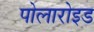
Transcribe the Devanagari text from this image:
पोलारोइड